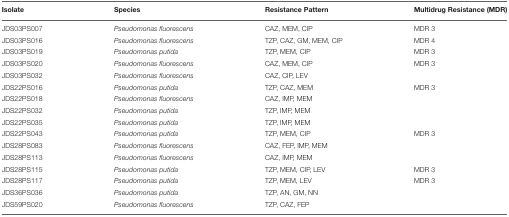
<table><thead><tr><td><b>Isolate</b></td><td><b>Species</b></td><td><b>Resistance Pattern</b></td><td><b>Multidrug Resistance (MDR)</b></td></tr></thead><tbody><tr><td>JDS03PS007</td><td><i>Pseudomonas fluorescens</i></td><td>CAZ, MEM, CIP</td><td>MDR 3</td></tr><tr><td>JDS03PS016</td><td><i>Pseudomonas fluorescens</i></td><td>TZP, CAZ, GM, MEM, CIP</td><td>MDR 4</td></tr><tr><td>JDS03PS019</td><td><i>Pseudomonas putida</i></td><td>TZP, MEM, CIP</td><td>MDR 3</td></tr><tr><td>JDS03PS020</td><td><i>Pseudomonas fluorescens</i></td><td>CAZ, MEM, CIP</td><td>MDR 3</td></tr><tr><td>JDS03PS032</td><td><i>Pseudomonas fluorescens</i></td><td>CAZ, CIP, LEV</td><td></td></tr><tr><td>JDS22PS016</td><td><i>Pseudomonas putida</i></td><td>TZP, CAZ, MEM</td><td>MDR 3</td></tr><tr><td>JDS22PS018</td><td><i>Pseudomonas fluorescens</i></td><td>CAZ, IMP, MEM</td><td></td></tr><tr><td>JDS22PS032</td><td><i>Pseudomonas putida</i></td><td>TZP, IMP, MEM</td><td></td></tr><tr><td>JDS22PS035</td><td><i>Pseudomonas putida</i></td><td>TZP, IMP, MEM</td><td></td></tr><tr><td>JDS22PS043</td><td><i>Pseudomonas putida</i></td><td>TZP, MEM, CIP</td><td>MDR 3</td></tr><tr><td>JDS28PS083</td><td><i>Pseudomonas fluorescens</i></td><td>CAZ, FEP, IMP, MEM</td><td></td></tr><tr><td>JDS28PS113</td><td><i>Pseudomonas fluorescens</i></td><td>CAZ, IMP, MEM</td><td></td></tr><tr><td>JDS28PS115</td><td><i>Pseudomonas putida</i></td><td>TZP, MEM, CIP, LEV</td><td>MDR 3</td></tr><tr><td>JDS28PS117</td><td><i>Pseudomonas putida</i></td><td>TZP, MEM, LEV</td><td>MDR 3</td></tr><tr><td>JDS36PS036</td><td><i>Pseudomonas putida</i></td><td>TZP, AN, GM, NN</td><td></td></tr><tr><td>JDS59PS020</td><td><i>Pseudomonas fluorescens</i></td><td>TZP, CAZ, FEP</td><td></td></tr></tbody></table>